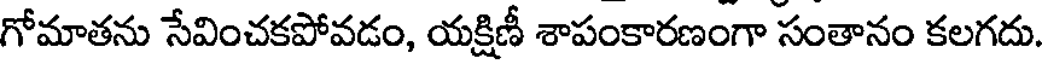
గోమాతను సేవించకపోవడం, యక్షిణీ శాపంకారణంగా సంతానం కలగదు.